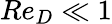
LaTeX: Re_{D}\ll 1